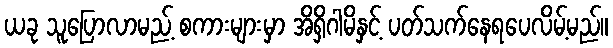
ယခု သူပြောလာမည့် စကားများမှာ အိရှိဂါမိနှင့် ပတ်သက်နေရပေလိမ့်မည်။